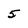
Character: 5